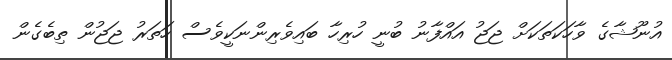
އުނޫޝާގެ ވާހަކަތަކަށް ޖަޖު އައްފާނު ބުނީ ހުރިހާ ބައިވެރިންނަކީވެސް ހަތަރު ޖަޖުން ތިބެގެން